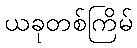
ယခုတစ်ကြိမ်